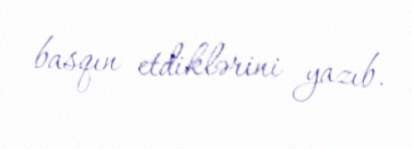
basqın etdiklərini yazıb.